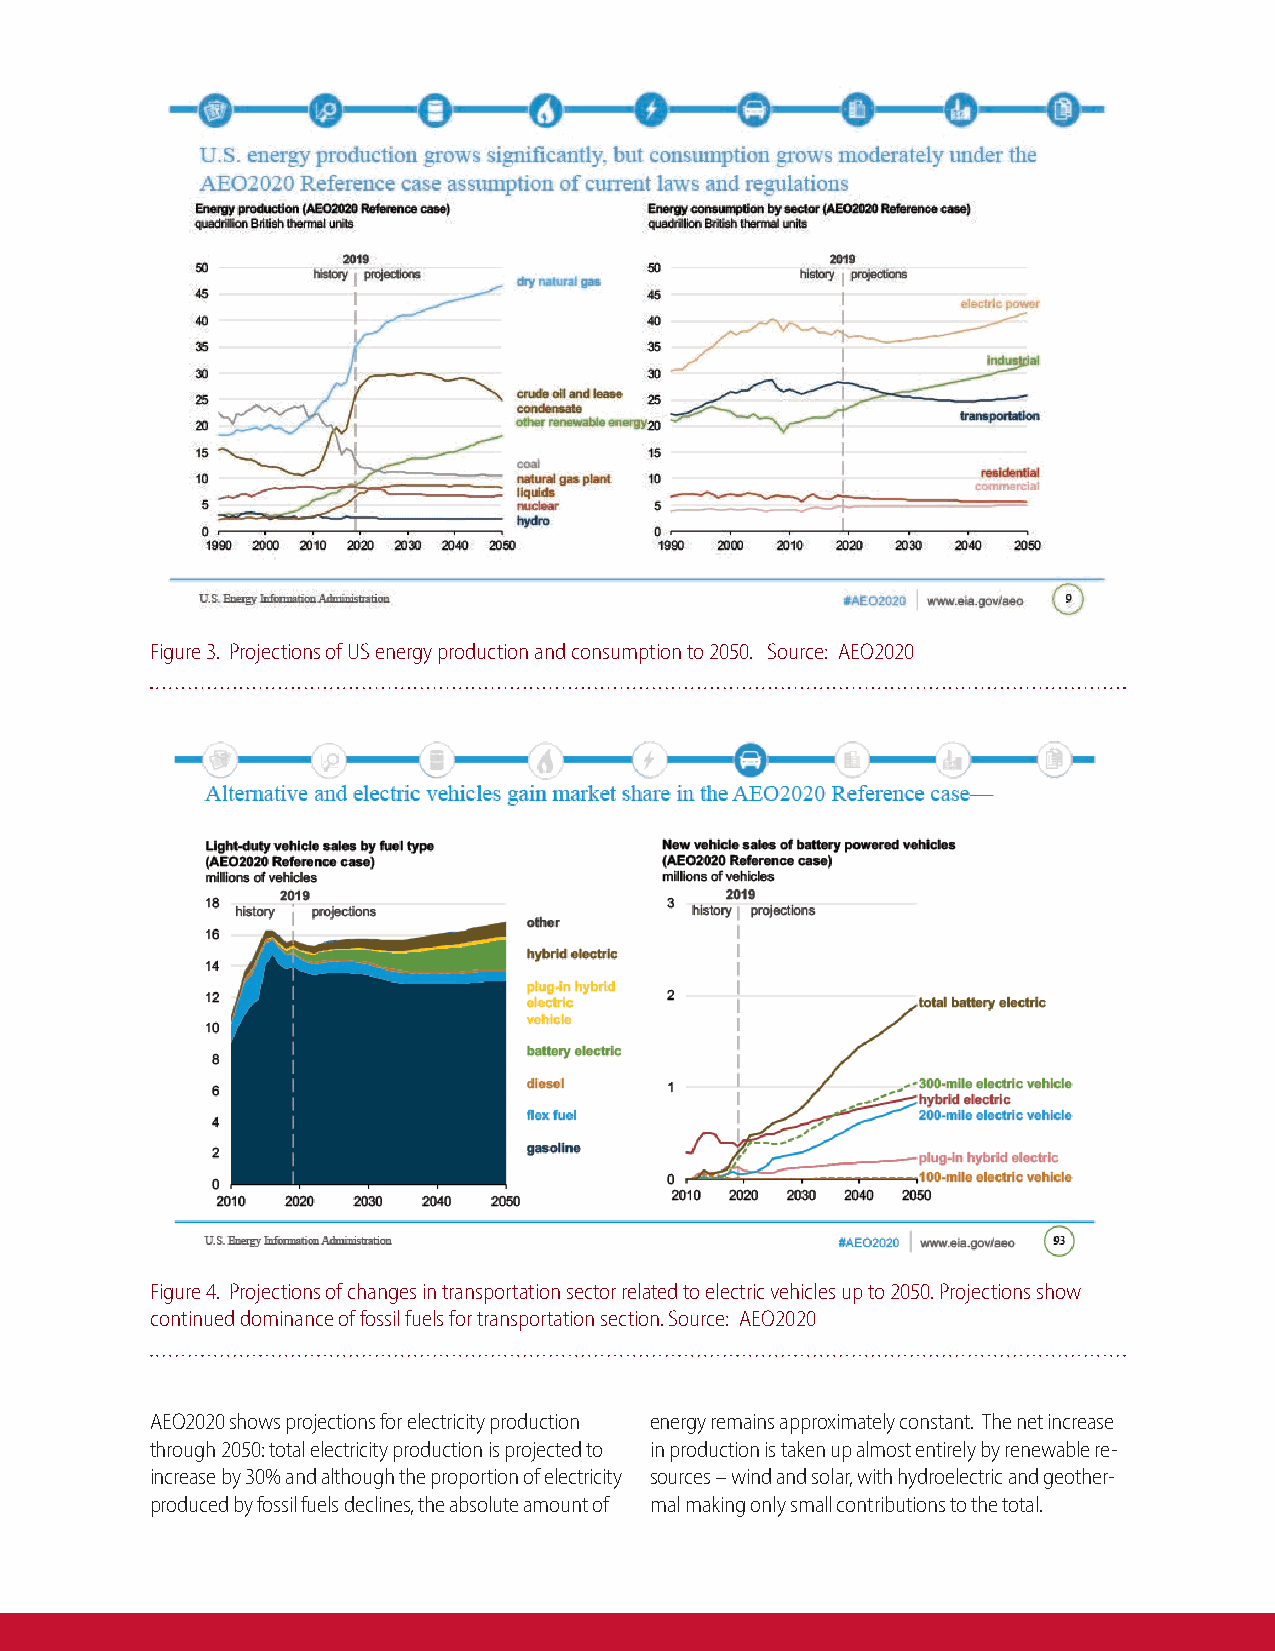
Figure 3. Projections of US energy production and consumption to 2050. Source: AEO2020
 Figure 4. Projections of changes in transportation sector related to electric vehicles up to 2050. Projections show
 continued dominance of fossil fuels for transportation section. Source: AEO2020
 AEO2020 shows projections for electricity production energy remains approximately constant. The net increase
 through 2050: total electricity production is projected to in production is taken up almost entirely by renewable re-
 increase by 30% and although the proportion of electricity sources – wind and solar, with hydroelectric and geother-
 produced by fossil fuels declines, the absolute amount of mal making only small contributions to the total.